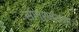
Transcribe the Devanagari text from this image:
सागरमंथना